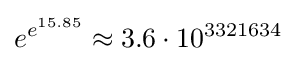
e^{e^{15.85}}\approx 3.6\cdot 10^{3321634}